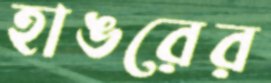
হাঙরের